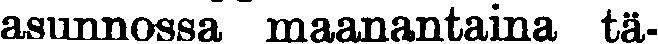
asunnossa maanantaina tä-